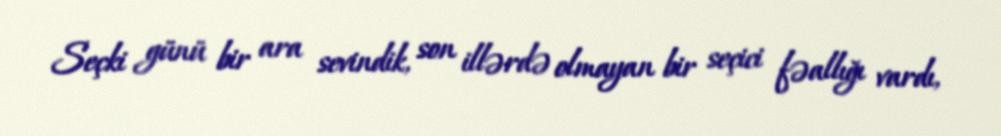
Seçki günü bir ara sevindik, son illərdə olmayan bir seçici fəallığı vardı,